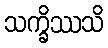
သက္ခိဿသိ